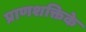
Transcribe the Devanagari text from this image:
प्राणशक्तिके